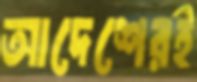
আদেশেরই